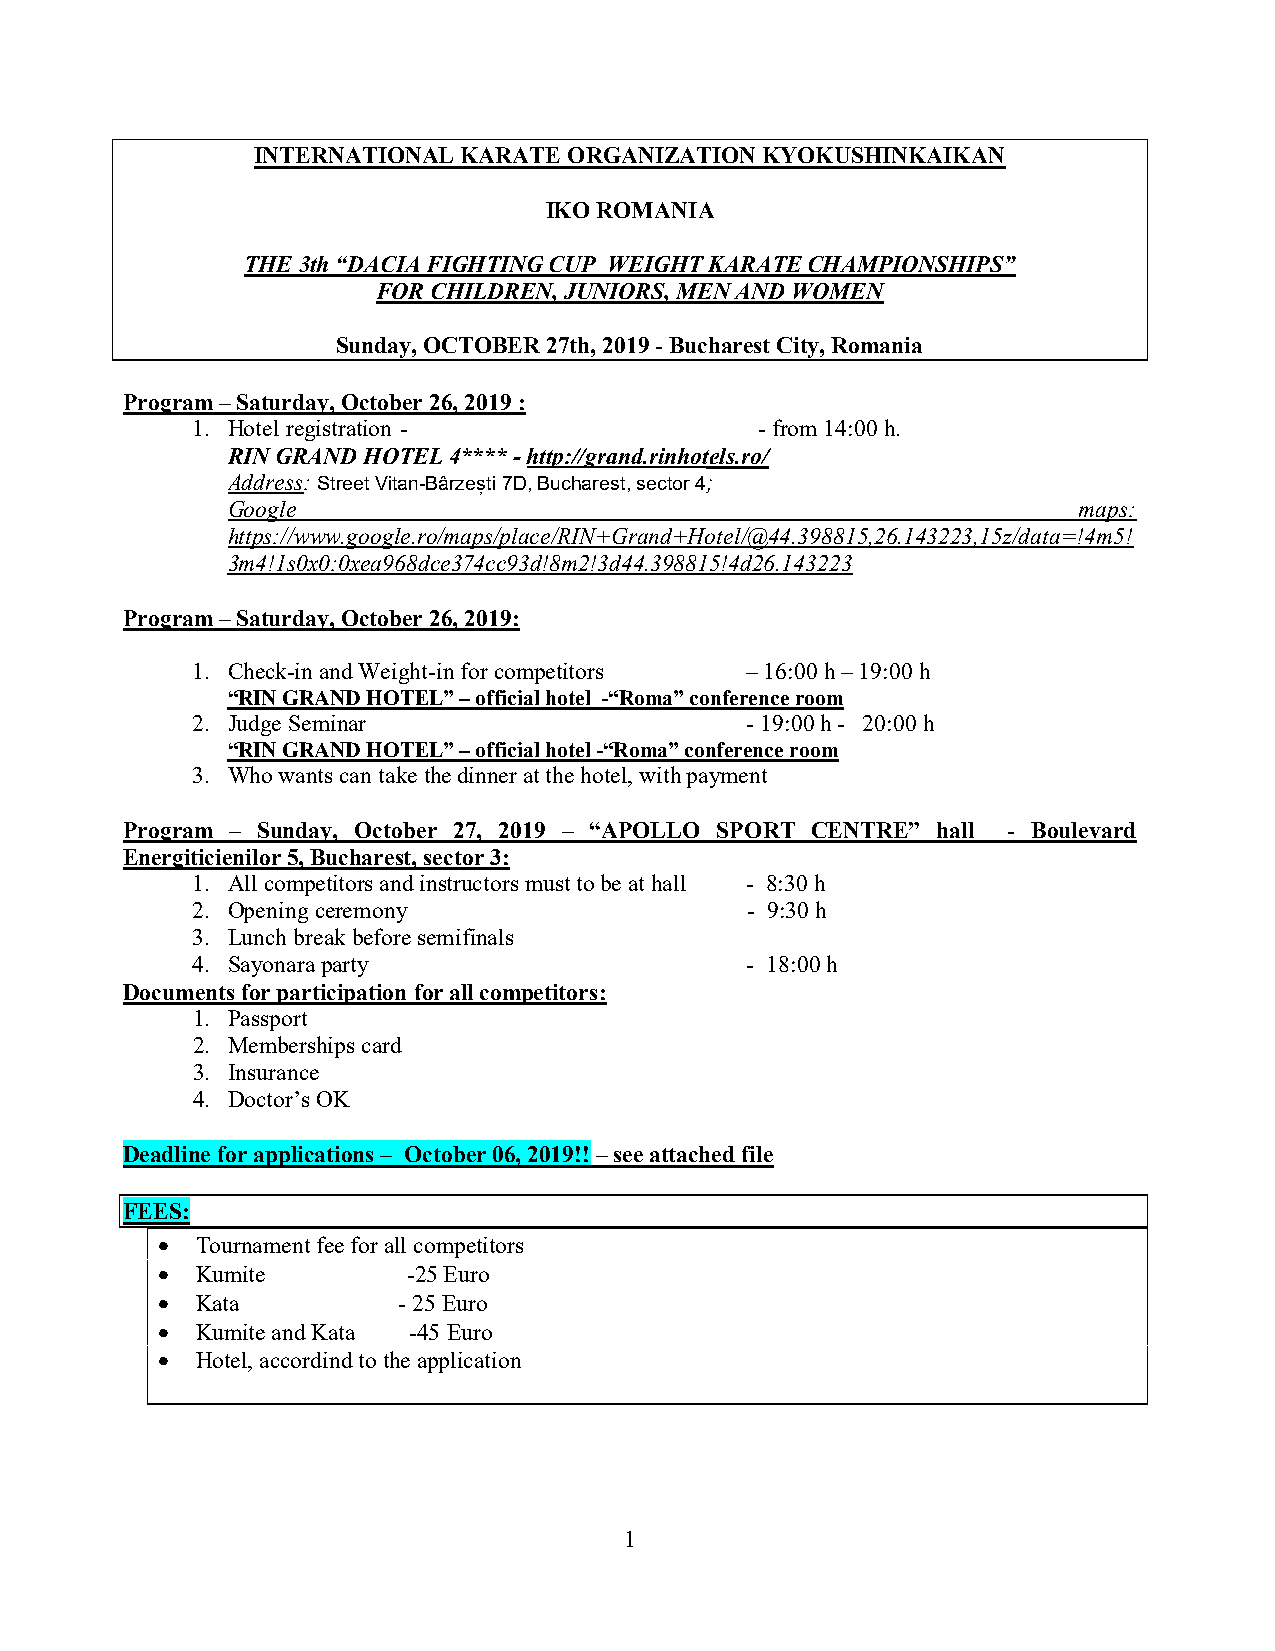
INTERNATIONAL KARATE ORGANIZATION KYOKUSHINKAIKAN
 IKO ROMANIA
 THE 3th “DACIA FIGHTING CUP WEIGHT KARATE CHAMPIONSHIPS”
 FOR CHILDREN, JUNIORS, MEN AND WOMEN
 Sunday, OCTOBER 27th, 2019 - Bucharest City, Romania
 Program – Saturday, October 26, 2019 :
 1. Hotel registration -              - from 14:00 h.
 RIN GRAND HOTEL 4**** - http://grand.rinhotels.ro/
 Address: Street Vitan-Bârzești 7D, Bucharest, sector 4;
 Google                                                  maps:
 https://www.google.ro/maps/place/RIN+Grand+Hotel/@44.398815,26.143223,15z/data=!4m5!
 3m4!1s0x0:0xea968dce374cc93d!8m2!3d44.398815!4d26.143223
 Program – Saturday, October 26, 2019:
 1. Check-in and Weight-in for competitors – 16:00 h – 19:00 h
 “RIN GRAND HOTEL” – official hotel -“Roma” conference room
 2. Judge Seminar                    - 19:00 h - 20:00 h
 “RIN GRAND HOTEL” – official hotel -“Roma” conference room
 3. Who wants can take the dinner at the hotel, with payment
 Program – Sunday, October 27, 2019 – “APOLLO SPORT CENTRE” hall - Boulevard
 Energiticienilor 5, Bucharest, sector 3:
 1. All competitors and instructors must to be at hall - 8:30 h
 2. Opening ceremony                 - 9:30 h
 3. Lunch break before semifinals
 4. Sayonara party                   - 18:00 h
 Documents for participation for all competitors:
 1. Passport
 2. Memberships card
 3. Insurance
 4. Doctor’s OK
 Deadline for applications – October 06, 2019!! – see attached file
 FEES:
   Tournament fee for all competitors
   Kumite        -25 Euro
   Kata         - 25 Euro
   Kumite and Kata -45 Euro
   Hotel, accordind to the application
 1